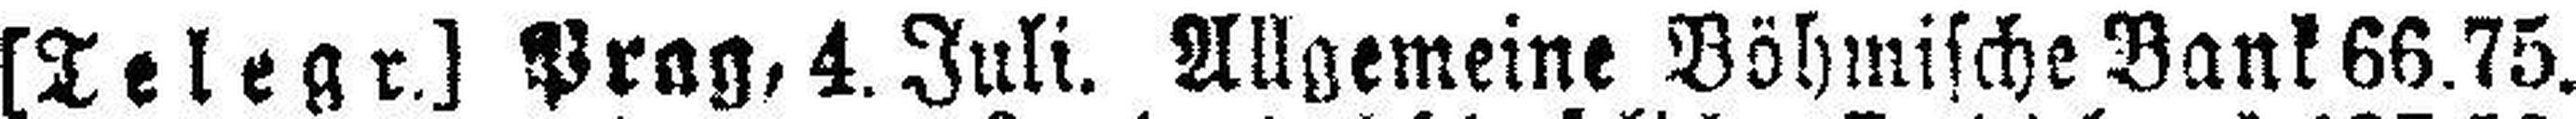
[Telegr.] Prag, 4. Juli. Allgemeine Böhmische Bank 66.75.